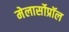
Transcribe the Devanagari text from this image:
मेलार्सोप्रॉल